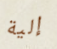
إلية